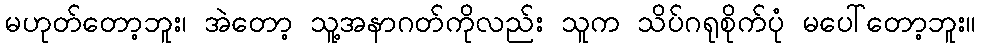
မဟုတ်တော့ဘူး၊ အဲတော့ သူ့အနာဂတ်ကိုလည်း သူက သိပ်ဂရုစိုက်ပုံ မပေါ်တော့ဘူး။